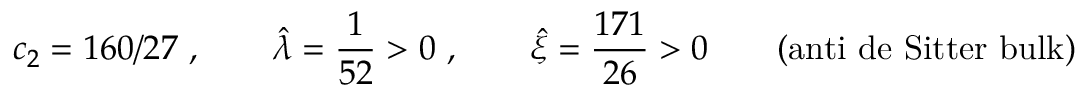
c _ { 2 } = 1 6 0 / 2 7 ~ , \qquad { \hat { \lambda } } = \frac { 1 } { 5 2 } > 0 ~ , \qquad { \hat { \xi } } = \frac { 1 7 1 } { 2 6 } > 0 \qquad ( \mathrm { a n t i ~ d e ~ S i t t e r ~ b u l k } )